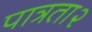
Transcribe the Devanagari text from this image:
पात्रता२